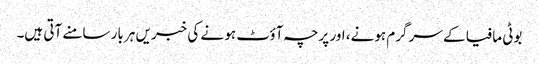
بوٹی مافیا کے سر گرم ہونے، اور پرچہ آؤٹ ہو نے کی خبریں ہر بار سامنے آتی ہیں۔